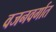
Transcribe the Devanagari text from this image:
वजनवर्गात